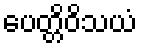
ပေတ္တိဝိသယံ